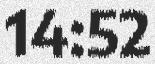
14:52